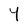
Character: Y